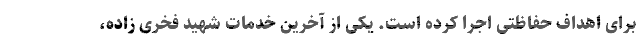
برای اهداف حفاظتی اجرا کرده است. یکی از آخرین خدمات شهید فخری زاده،